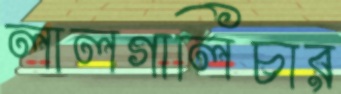
লালগালিচার